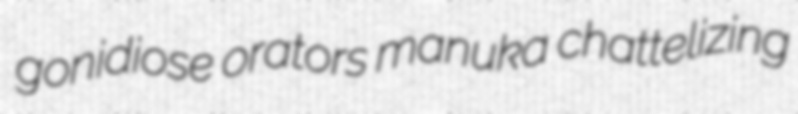
gonidiose orators manuka chattelizing